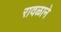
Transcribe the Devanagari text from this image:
रावळाने